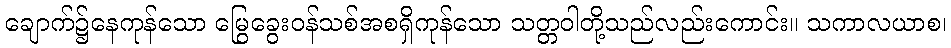
ချောက်၌နေကုန်သော မြွေခွေးဝန်သစ်အစရှိကုန်သော သတ္တဝါတို့သည်လည်းကောင်း။ သကာလယာစ၊